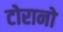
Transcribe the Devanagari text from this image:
टोरानो